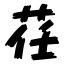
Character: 荏